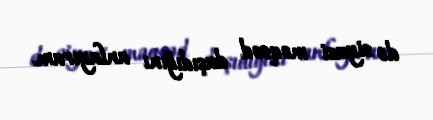
də siyasi məqsəd daşıdığını anlayıram.